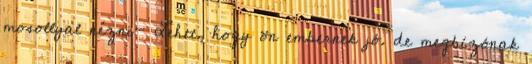
mosollyal nézni- Lehet, hogy ön embernek jó. de megbízónak